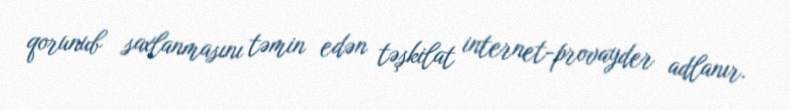
qorunub saxlanmasını təmin edən təşkilat internet-provayder adlanır.